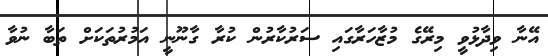
އޭނާ ވިދާޅުވީ މިރޭގެ މުޒާހަރާގައި ސަރުކާރުން ކުރާ ގާނޫނީ އަމުރުތަކަށް ތަބާ ނުވާ